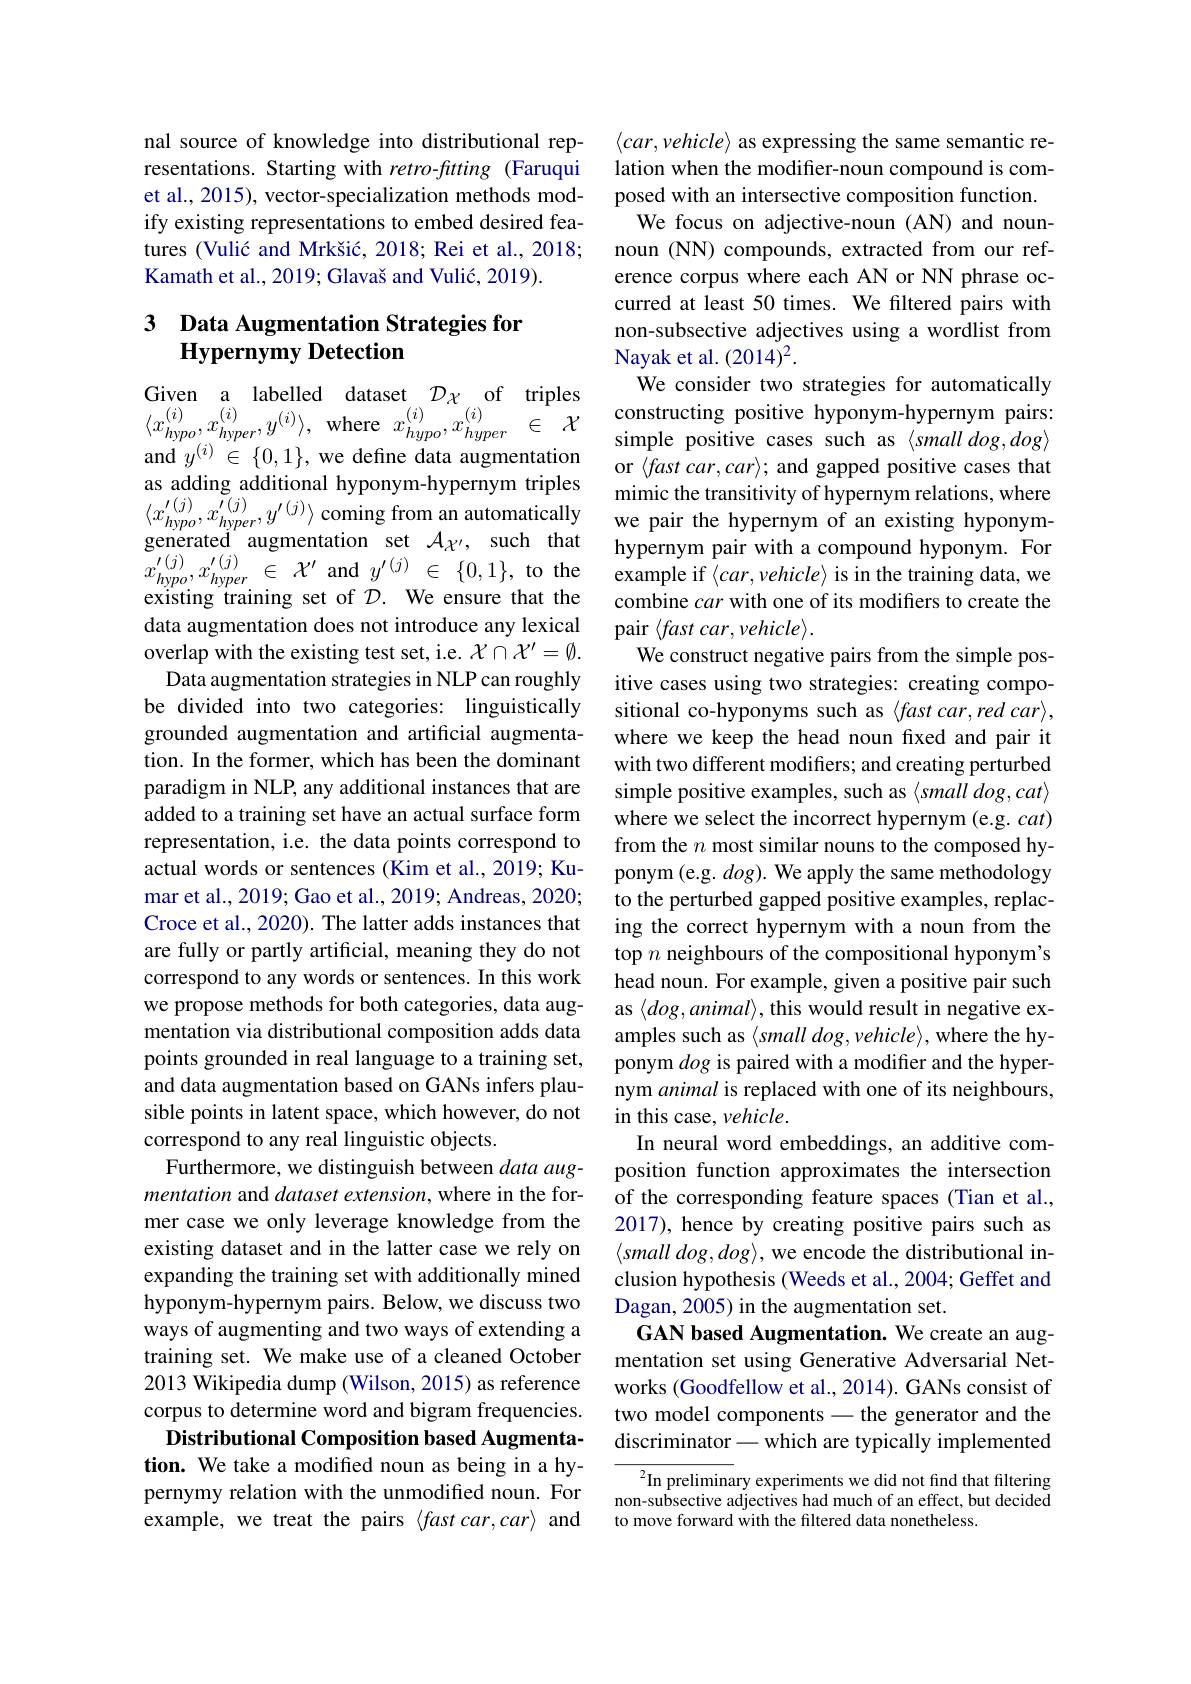
nal source of knowledge into distributional representations. Starting with retro-futting (Faruqui et al., 2015), vector-specialization methods modify existing representations to embed desired features (Vulić and Mrkšić, 2018; Rei et al., 2018; Kamath et al., 2019; Glavaš and Vulić, 2019).

## 3 Data Augmentation Strategies for $\textbf{Hypernymy Detection}$

Given a labelled dataset $\mathcal{D}_{\mathcal{X}}$ of triples and $y^{(i)}\in\{0,1\}$, we define data augmentation $x_{hypo}^{\prime(j)},x_{hyper}^{\prime(j)}\in\mathcal{X}^{\prime}$and$y^\prime(j)\in\{0,1\}$,to the existing training set of $\mathcal{D}.$ We ensure that the data augmentation does not introduce any lexical overlap with the existing test set, i.e. $\mathcal{X}\cap\mathcal{X}^\prime=\emptyset.$
Data augmentation strategies in NLP can roughly be divided into two categories: linguistically grounded augmentation and artificial augmentation. In the former, which has been the dominant paradigm in NLP, any additional instances that are added to a training set have an actual surface form representation, i.e. the data points correspond to actual words or sentences (Kim et al., 2019; Kumar et al., 2019; Gao et al., 2019; Andreas, 2020; Croce et al., 2020). The latter adds instances that are fully or partly artificial, meaning they do not correspond to any words or sentences. In this work we propose methods for both categories, data augmentation via distributional composition adds data points grounded in real language to a training set, and data augmentation based on GANs infers plausible points in latent space, which however, do not correspond to any real linguistic objects.
Furthermore, we distinguish between data augmentation and dataset extension, where in the former case we only leverage knowledge from the existing dataset and in the latter case we rely on expanding the training set with additionally mined hyponym-hypernym pairs. Below, we discuss two ways of augmenting and two ways of extending a training set. We make use of a cleaned October 2013 Wikipedia dump (Wilson, 2015) as reference corpus to determine word and bigram frequencies. Distributional Composition based Augmentation. We take a modified noun as being in a hypernymy relation with the unmodified noun. For example, we treat the pairs $\langle fast\textit{car}, car\rangle$ and

$\langle car,vehicle\rangle$ as expressing the same semantic relation when the modifier-noun compound is composed with an intersective composition function.
We focus on adjective-noun (AN) and nounnoun (NN) compounds, extracted from our reference corpus where each AN or NN phrase occurred at least 50 times. We filtered pairs with non-subsective adjectives using a wordlist from Nayak et al. (2014)$^{2}.$
We consider two strategies for automatically
uVen a labelled dalaset $D_{\chi }$ o1 trples $\langle x_{hypo}^{( i) }, x_{hyper}^{( i) }, y^{( i) }\rangle $, where $x_{hypo}^{( i) }, x_{hyper}^{( i) }\in \mathcal{X}$constructing positive hyponym- hypernym pairs: and $y^{( i) }\in \{ 0. 1\} $, we define data augmentationsimple positive cas
or $\langle fastcar,car\rangle;$ and gapped positive cases that
hypernym pair with a compound hyponym. For example if $\langle car,vehicle\rangle$ is in the training data, we combine car with one of its modifiers to create the pair $\langle fast\textit{car}, vehicle\rangle .$
We construct negative pairs from the simple positive cases using two strategies: creating compositional co-hyponyms such as $\langle fast\textit{car, red car}\rangle $, where we keep the head noun fxed and pair it with two different modifers; and creating perturbed simple positive examples, such as $\langle small~dog,cat\rangle$ where we select the incorrect hypernym (e.g. $cat)$ from the $n$ most similar nouns to the composed hyponym (e.g. $dog).$ We apply the same methodology to the perturbed gapped positive examples, replacing the correct hypernym with a noun from the top $n$ neighbours of the compositional hyponym's head noun. For example, given a positive pair such as $\langle dog,animal\rangle$, this would result in negative examples such as $\langle small$ dog,vehicle>, where the hyponym dog is paired with a modifier and the hypernym animal is replaced with one of its neighbours, in this case, vehicle.
In neural word embeddings, an additive composition function approximates the intersection of the corresponding feature spaces (Tian et al., 2017), hence by creating positive pairs such as $\langle small~dog,dog\rangle$, we encode the distributional inclusion hypothesis (Weeds et al., 2004; Geffet and Dagan, 2005) in the augmentation set.
GAN based Augmentation. We create an augmentation set using Generative Adversarial Networks (Goodfellow et al., 2014). GANs consist of two model components - the generator and the discriminator-which are typically implemented
${{^2}}$In preliminary experiments we did not find that filtering non-subsective adjectives had much of an effect, but decided

to move forward with the filtered data nonetheless.